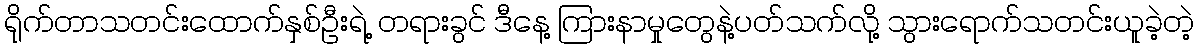
ရိုက်တာသတင်းထောက်နှစ်ဦးရဲ့ တရားခွင် ဒီနေ့ ကြားနာမှုတွေနဲ့ပတ်သက်လို့ သွားရောက်သတင်းယူခဲ့တဲ့